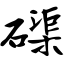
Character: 磲